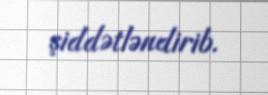
şiddətləndirib.